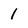
Character: 1